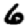
Digit: 6